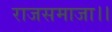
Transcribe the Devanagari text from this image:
राजसमाजा।।